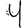
Digit: 4